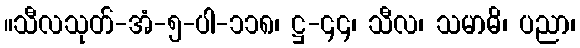
။သီလသုတ်-အံ-၅-ပါ-၁၁၈၊ ဋ္ဌ-၄၄၊ သီလ၊ သမာဓိ၊ ပညာ၊